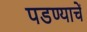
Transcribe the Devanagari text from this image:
पडण्याचें